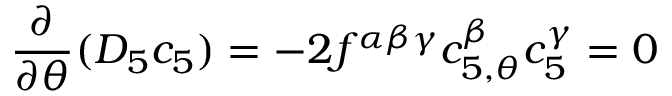
\frac { \partial } { \partial \theta } ( D _ { 5 } c _ { 5 } ) = - 2 f ^ { \alpha \beta \gamma } c _ { 5 , \theta } ^ { \beta } c _ { 5 } ^ { \gamma } = 0